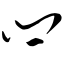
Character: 闩